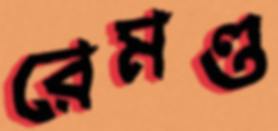
রেমণ্ড